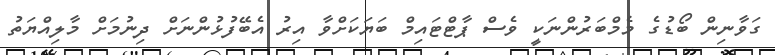
ގަވާނިން ބޯޑުގެ މެމްބަރުންނަކީ ވެސް ޕާޓްޓައިމް ބަޔަކަށްވާ އިރު އެބޭފުޅުންނަށް ދިނުމަށް މާލިއްޔަތު